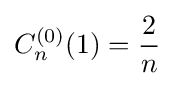
C_{n}^{(0)}(1)={\frac {2}{n}}